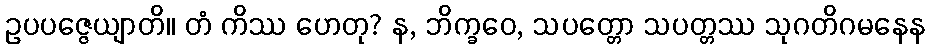
ဥပပဇ္ဇေယျာတိ။ တံ ကိဿ ဟေတု? န, ဘိက္ခဝေ, သပတ္တော သပတ္တဿ သုဂတိဂမနေန